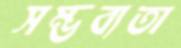
সম্ভব্যতা